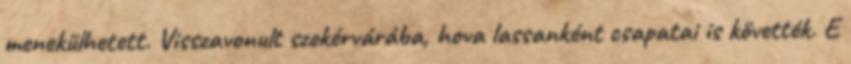
menekülhetett. Visszavonult szekérvárába, hova lassanként csapatai is követték. E